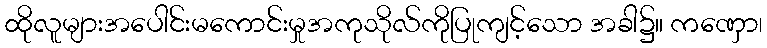
ထိုလူများအပေါင်းမကောင်းမှုအကုသိုလ်ကိုပြုကျင့်သော အခါ၌။ ကဏှော၊